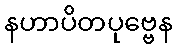
နဟာပိတပုဗ္ဗေန